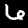
Label: 6